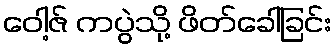
ဝေါ့ဇ် ကပွဲသို့ ဖိတ်ခေါ်ခြင်း